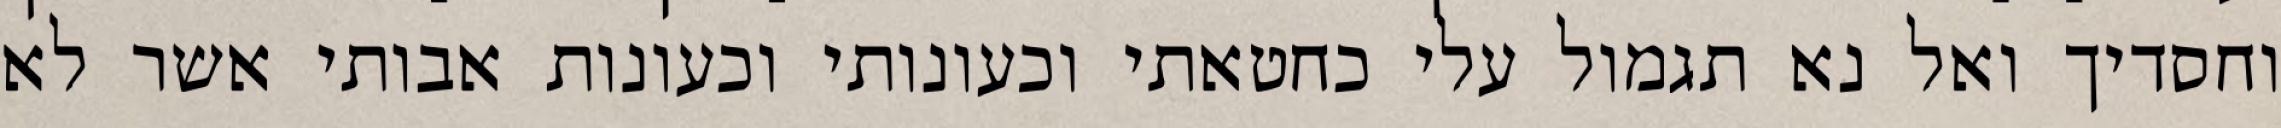
וחסדיך ואל נא תגמול עלי כחטאתי וכעונותי וכעונות אבותי אשר לא